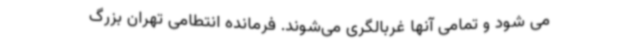
می شود و تمامی آنها غربالگری می‌شوند. فرمانده انتطامی تهران بزرگ